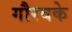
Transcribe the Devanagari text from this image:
गौरवके